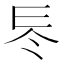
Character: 𠗁